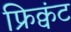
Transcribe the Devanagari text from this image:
फ्रिक्वंट